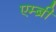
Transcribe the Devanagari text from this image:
एम्ब्री